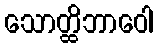
သောတ္ထိဘာဝေါ